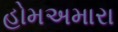
હોમઅમારા